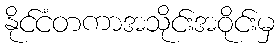
နိုင်ငံတကာအသိုင်းအဝိုင်းမှ